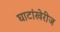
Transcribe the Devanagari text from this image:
घाटांखेरीज